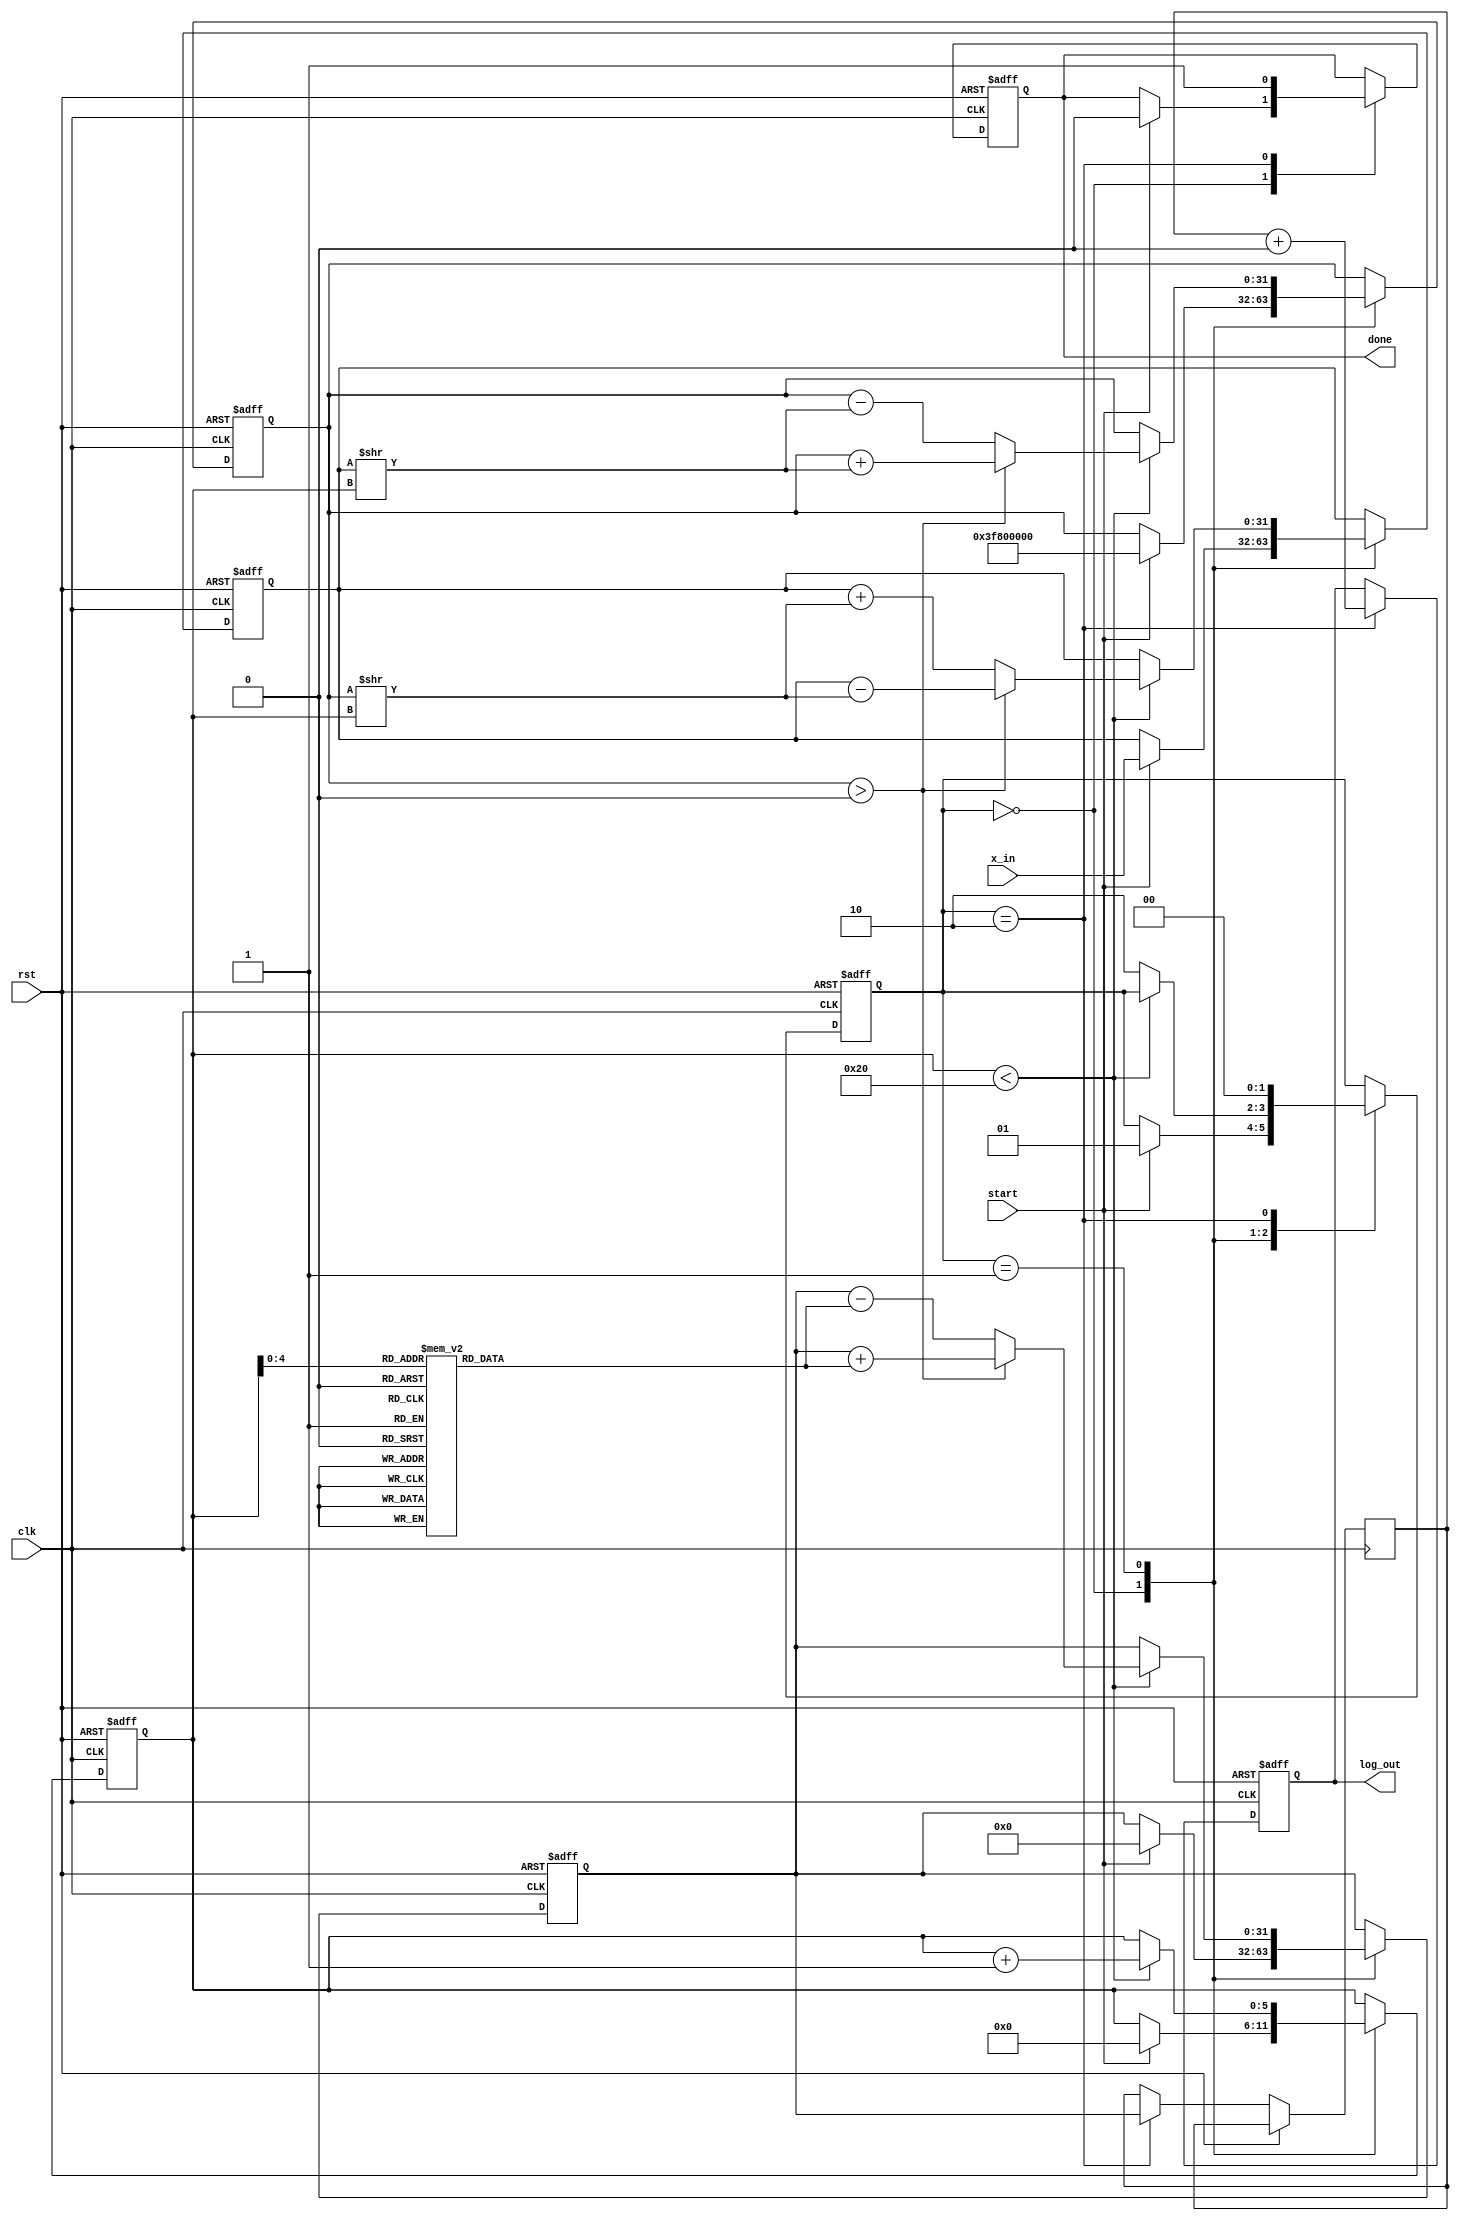
module cordic_log (
    input wire clk,
    input wire rst,
    input wire start,
    input wire [31:0] x_in,    // Input positive floating-point number (32-bit single precision)
    output reg [31:0] log_out,  // Output logarithmic result
    output reg done             // Indicate computation completion
);

    // CORDIC variables and constants
    reg [31:0] x, y, z;         // x, y, z values for CORDIC iterations
    reg [31:0] z_angle [0:31];  // Arctangent lookup table
    reg [5:0] iteration_count;   // Counter for iterations
    parameter MAX_ITERATIONS = 32;
    parameter SCALE_FACTOR = 32'h3F800000; // Scaling factor for conversion
    reg [31:0] log_temp;         // Temporary storage for logarithm result

    // Initialize arctangent values in the lookup table
    initial begin
        z_angle[0] = 32'h3F490FDB; // atan(1) = 0.78539816339 in Q1.31
        z_angle[1] = 32'h3F22B98B; // atan(0.5) = 0.46364760900 in Q1.31
        z_angle[2] = 32'h3F0D4F32; // atan(0.25) = 0.24497866314 in Q1.31
        // Add more values as required...
    end

    // State machine for CORDIC iteration
    reg [1:0] state;
    parameter INIT = 2'b00, ITERATE = 2'b01, OUTPUT = 2'b10;

    always @(posedge clk or posedge rst) begin
        if (rst) begin
            state <= INIT;
            done <= 0;
            iteration_count <= 0;
            x <= 0;
            y <= 0;
            z <= 0;
            log_out <= 0;
        end else begin
            case (state)
                INIT: begin
                    if (start) begin
                        x <= x_in;
                        y <= 32'h3F800000; // Initialize y to 1.0 (Q1.31 format)
                        z <= 0;            // Initialize angle z to 0
                        iteration_count <= 0; // Reset iteration count
                        state <= ITERATE;   // Move to iteration state
                        done <= 0;
                    end
                end

                ITERATE: begin
                    if (iteration_count < MAX_ITERATIONS) begin
                        // CORDIC rotation logic
                        if (y > 0) begin
                            // Rotate clockwise
                            x <= x - (y >> iteration_count);
                            y <= y + (x >> iteration_count);
                            z <= z + z_angle[iteration_count];
                        end else begin
                            // Rotate counterclockwise
                            x <= x + (y >> iteration_count);
                            y <= y - (x >> iteration_count);
                            z <= z - z_angle[iteration_count];
                        end
                        iteration_count <= iteration_count + 1; // Increment iteration count
                    end else begin
                        state <= OUTPUT; // Move to output state after finishing iterations
                    end
                end

                OUTPUT: begin
                    log_temp <= z; // Temporary log result
                    log_out <= log_temp + (32'h3F800000 - SCALE_FACTOR); // Adjust and scale output
                    done <= 1; // Indicate done
                    state <= INIT; // Return to initialization state
                end
            endcase
        end
    end
endmodule